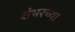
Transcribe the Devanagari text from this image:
शंभरच्या